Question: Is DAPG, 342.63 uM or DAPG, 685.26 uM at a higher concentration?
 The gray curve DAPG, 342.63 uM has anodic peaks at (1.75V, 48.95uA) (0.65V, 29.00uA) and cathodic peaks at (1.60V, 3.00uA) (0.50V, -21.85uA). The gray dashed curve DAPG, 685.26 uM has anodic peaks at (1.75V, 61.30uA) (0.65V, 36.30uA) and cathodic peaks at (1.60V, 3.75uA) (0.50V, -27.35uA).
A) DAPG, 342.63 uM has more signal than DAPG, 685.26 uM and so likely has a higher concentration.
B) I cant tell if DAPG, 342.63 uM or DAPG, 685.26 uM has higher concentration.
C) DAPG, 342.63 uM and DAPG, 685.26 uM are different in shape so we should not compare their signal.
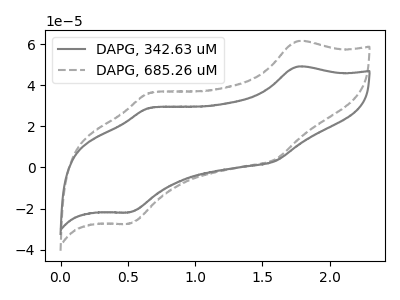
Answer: <think>All the peaks in "DAPG, 342.63 uM" have a peak in "DAPG, 685.26 uM" at the same potential.
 </think>
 <answer>B) I cant tell if "DAPG, 342.63 uM" or "DAPG, 685.26 uM" has higher concentration.</answer>
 <eval>B</eval>